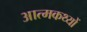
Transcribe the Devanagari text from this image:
आत्मकथ्यों